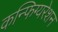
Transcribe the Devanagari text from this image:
कन्फिग्यरेशन